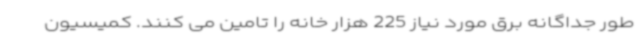
طور جداگانه برق مورد نیاز 225 هزار خانه را تامین می کنند. کمیسیون